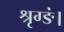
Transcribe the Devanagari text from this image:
श्रृग्ङं।